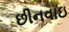
છીનવાઇ